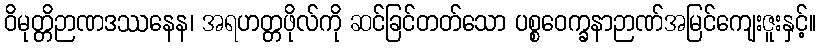
ဝိမုတ္တိဉာဏဒဿနေန၊ အရဟတ္တဖိုလ်ကို ဆင်ခြင်တတ်သော ပစ္စဝေက္ခနာဉာဏ်အမြင်ကျေးဇူးနှင့်။